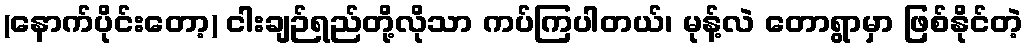
(နောက်ပိုင်းတော့) ငါးချဉ်ရည်တို့လိုသာ ကပ်ကြပါတယ်၊ မုန့်လဲ တောရွာမှာ ဖြစ်နိုင်တဲ့